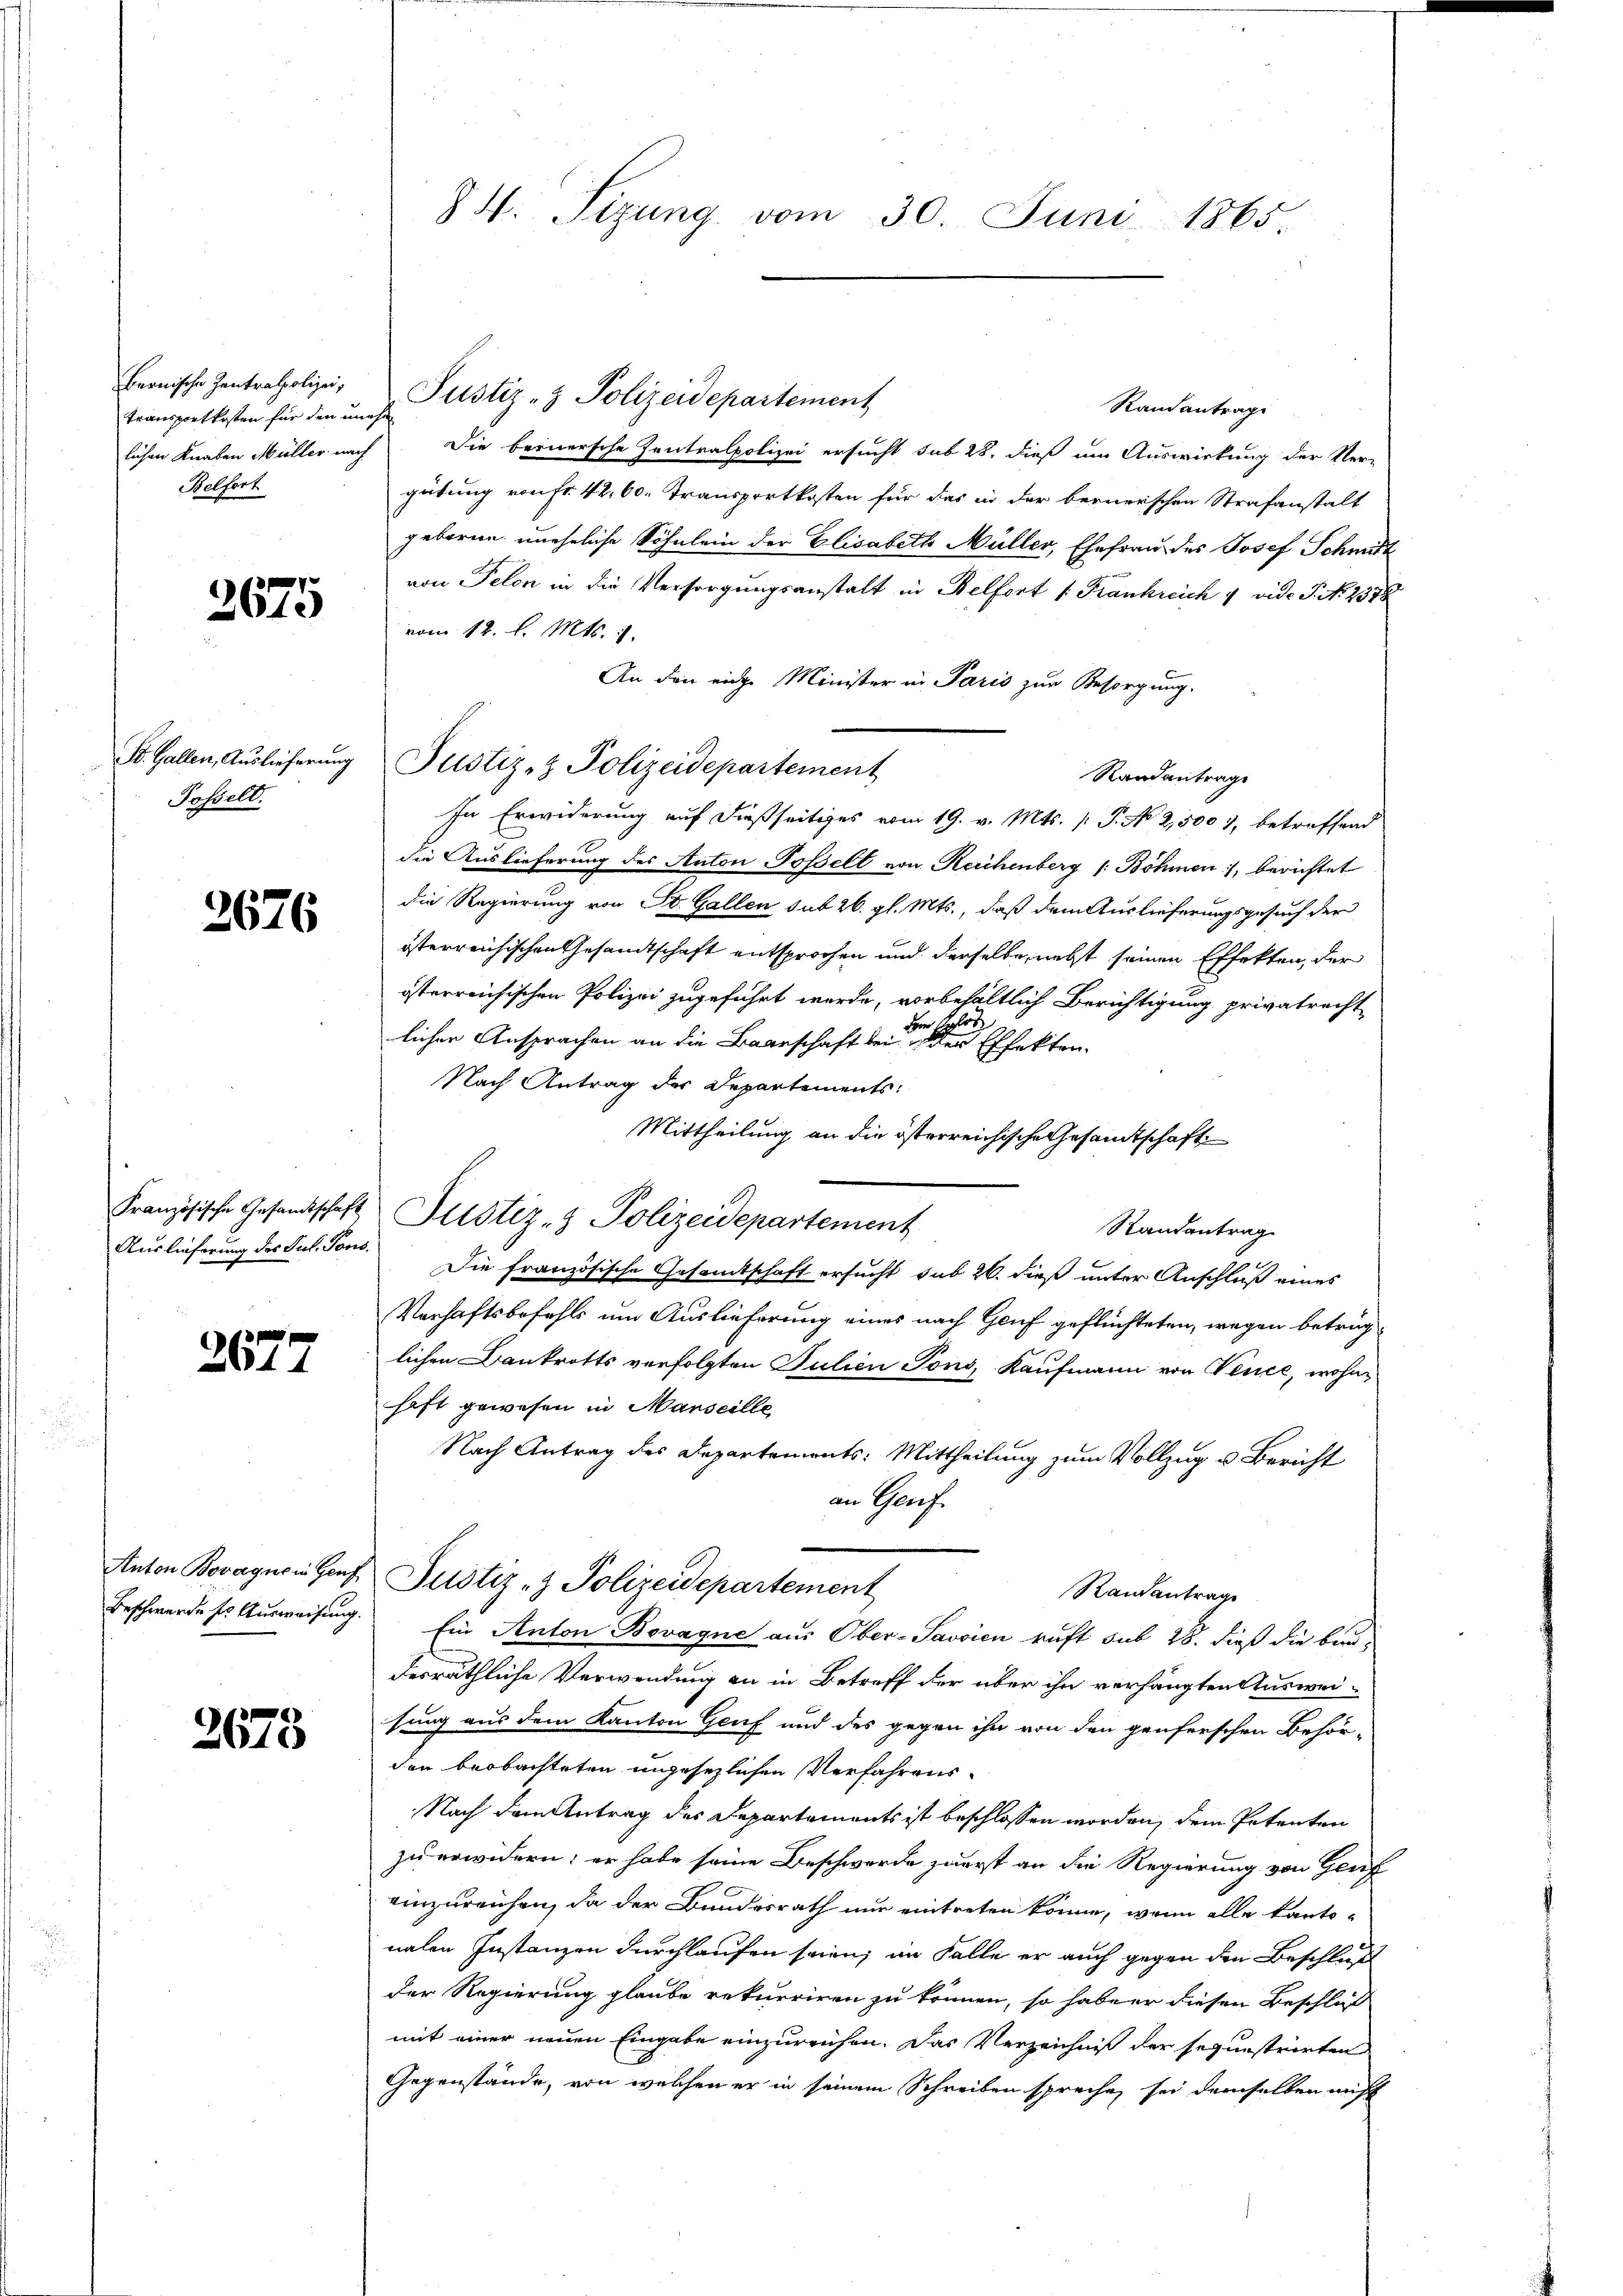
Bernische Zentralpolizei;
transportkosten für den unehe
Belfort

2675

St. Gallen, Auslieferung
Posselt.

2676

Auslieferung des Jul. Tons.

2044

Anton Bovagne in Genf
Beschwerde ses Ausweisung.

2675

84. Sitzung vom 30. Juni 1865.

Justiz- & Polizeidepartement
Randantrag
lichen Knaben Müller nach. Die bernersche Zentralpolizei ersucht sub 28, dieß um Auswirkung der Ver-
gütung von fr. 42. 60. Transportkosten für das in der bernerschen Strafanstalt
geboren uneheliche Söhnlein der Elisabeth Müller, Ehefrau des Josef Schmit
von Pelon in die Versorgungsanstalt in Belfort v. Frankreich 4 vide J. N. 2378
vom 12. l. Mts. 1.
An den eine Minister in Paris zur Besorgung.
Justiz- & Polizeidepartement
Randantrage
In Erwiderung auf dießseitiges vom 19. v. Mts. (T. No 2,500 7, betreffend
die Auslieferung des Anton Posselt von Reichenberg (: Böhmen, berichtet
die Regierung von St. Gallen sub 26. gl. Mts., daß dem Auslieferungsgesuch der
österreichischen Gesandtschaft entsprochen und derselbe, nebst seinen Effekten, der
österreichischen Polizei zugeführt werde, vorbehältlich Berichtigung privatrecht
dem Erlös
licher Ansprachen an die Baarschaft bei der Effekten.
Nach Antrag der Departements:
Mittheilung an die österreichische Gesamtschaft
Französische Gesandtschaft Zustiz- & Polizeidepartement
Randantrag
Die französische Gesamtschaft ersucht sub 26. dieß unter Anschluß eines
Verhaftsbefehls um Auslieferung eines nach Genf geflüchteten, wegen betrüglichen Bankrotts verfolgten Julien Tons, Kaufmann von Vence, wohnhaft gewesen in Marseille
Nach Antrag des Departements: Mittheilung zum Vollzug u. Bericht
an Genf.
Justiz- & Polizeidepartement
Randantrage
 Ein Anton Bovagne aus Ober-Savvien ruft sub 28. dieß die bundesräthliche Verwendung an in Betreff der über ihn verhängten Ausweihung aus dem Kanton Genf und des gegen ihn von den genferschen Behör-
den beobachteten ungesezlichen Verfahrens¬
Nach dem Antrag des Departements ist beschlossen worden, dem Petenten
zu erwidern; er habe seine Beschwerde zuerst an die Regierung von Genf
einzureichen, da der Bundesrath nur eintreten könne, wenn alle kantonalen Instanzen durchlaufen seien; im Falle er auch gegen den Beschlust
der Regierung glaube rekurriren zu können, so haben diesen Beschluß
mit einer neuen Eingabe einzureichen. Das Verzeichniß der seguestrirten
Gegenstände, von welchen er in seinem Schreiben spreche, sei demselben nicht